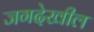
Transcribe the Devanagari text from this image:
जगदेखील